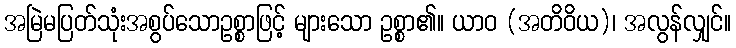
အမြဲမပြတ်သုံးအစွပ်သောဥစ္စာဖြင့် များသော ဥစ္စာ၏။ ယာဝ (အတိဝိယ)၊ အလွန်လျှင်။